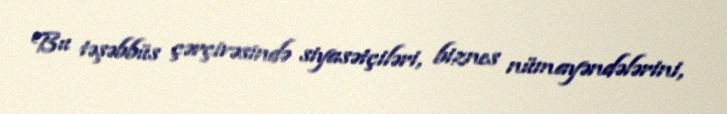
Bu təşəbbüs çərçivəsində siyasətçiləri, biznes nümayəndələrini,